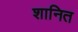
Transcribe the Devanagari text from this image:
शानित